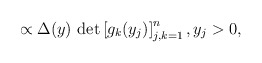
\begin{align*} \propto \Delta(y) \, \det \left[ g_{k}(y_j) \right]_{j,k=1}^n, y_j > 0, \end{align*}